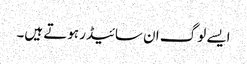
ایسے لوگ ان سائیڈر ہوتے ہیں۔